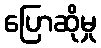
ပြောဆိုမှု